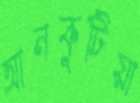
আনকুটিয়া